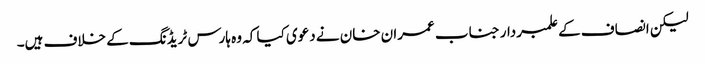
لیکن انصاف کے علمبردار جناب عمران خان نے دعوی کیا کہ وہ ہارس ٹریڈنگ کے خلاف ہیں۔